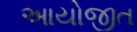
આયોજીત